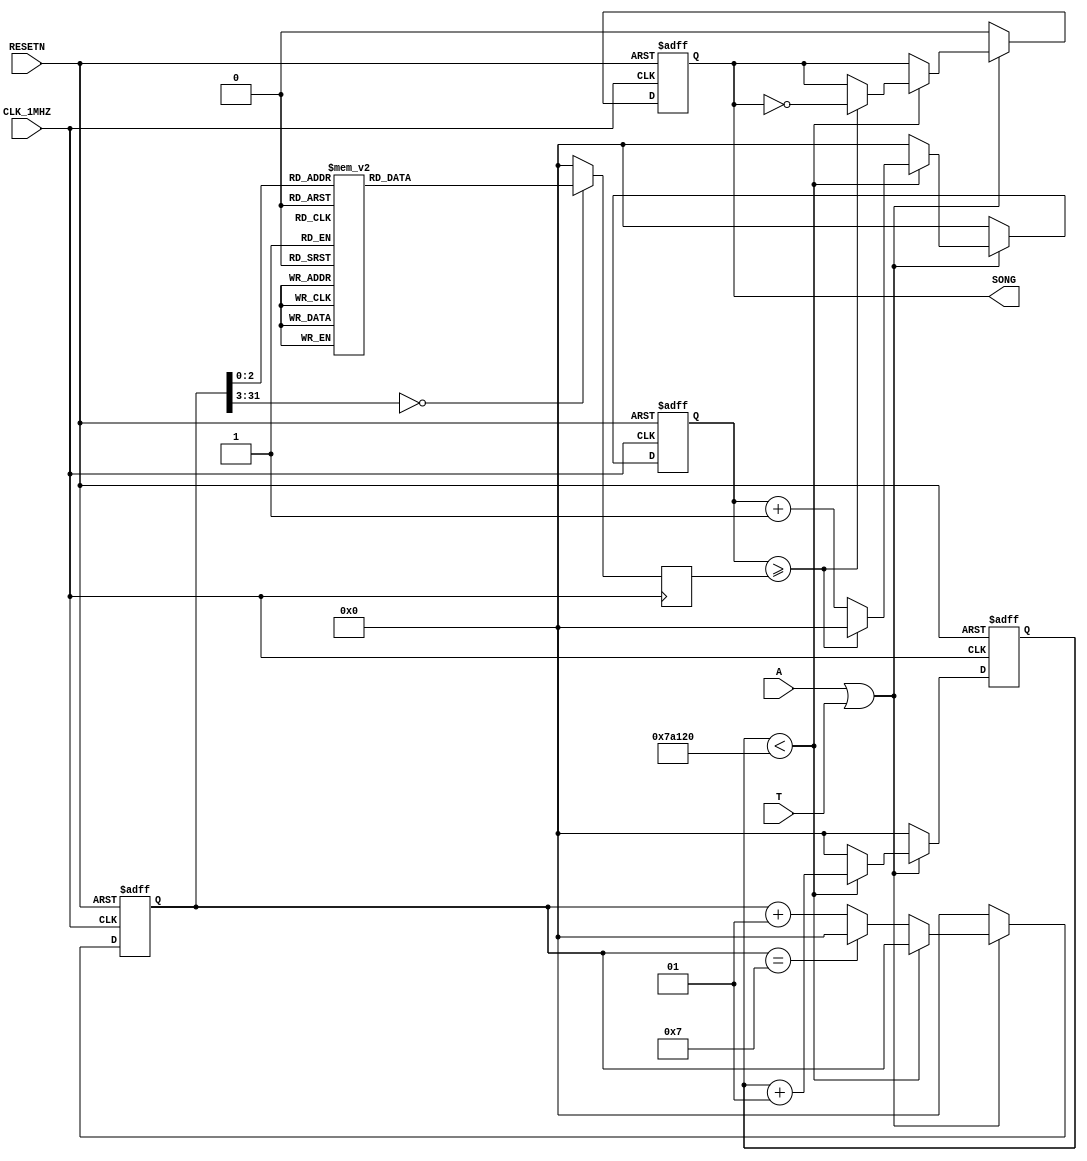
module PIEZO(RESETN,CLK_1MHZ,A,T,SONG );

input RESETN,CLK_1MHZ,A,T;

output SONG;

wire SONG;

reg BUFF;
reg [31:0] freq;
reg [31:0] CNT_SOUND;

integer CLK_COUNT;
integer scale;


assign SONG = BUFF;


always @( posedge CLK_1MHZ)
begin
	case(scale)
		0: freq = 1910;
		1: freq = 1702;
		2: freq = 1516;
		3: freq = 1431;
		4: freq = 1275;
		5: freq = 1136;
		6: freq = 1012;
		7: freq = 955;
		default: freq = 0;
	endcase
end

always @(negedge RESETN or posedge CLK_1MHZ)
begin
	if(RESETN==1'b0)
		begin
				scale = 0;
				BUFF = 0;
				CNT_SOUND = 0;
				CLK_COUNT = 0;
		end
	else
		begin
			if(A==1 || T==1)        //  
				begin
					if( (CLK_COUNT < 500000) )        // 0.5 
						begin
									if(CNT_SOUND >= freq)  // freq  
												begin
													CNT_SOUND = 0;  // 0 
													BUFF = ~BUFF;					
													CLK_COUNT = CLK_COUNT+1; // 
												end				
									else  //freq 
												begin
													CNT_SOUND =CNT_SOUND +1; // 1 
													CLK_COUNT = CLK_COUNT+1;
												end
						end
						
					else //0.5 
						begin
							CLK_COUNT = 0;	
							CNT_SOUND = 0;	
							if(scale == 7)
								scale = 0;
							else
								scale = scale + 1;
						end
				end
			else      // 
				begin
					scale = 0;
					BUFF  = 0;
					CNT_SOUND = 0;
					CLK_COUNT = 0;
				end
		end
end

endmodule